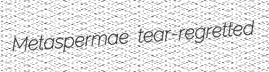
Metaspermae tear-regretted